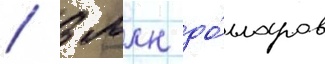
/ 3 млн до́лларов